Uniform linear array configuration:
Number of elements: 12
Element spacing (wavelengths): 0.75
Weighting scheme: exponential
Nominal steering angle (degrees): -15
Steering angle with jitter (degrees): -16.519
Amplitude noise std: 0.05
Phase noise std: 0.05

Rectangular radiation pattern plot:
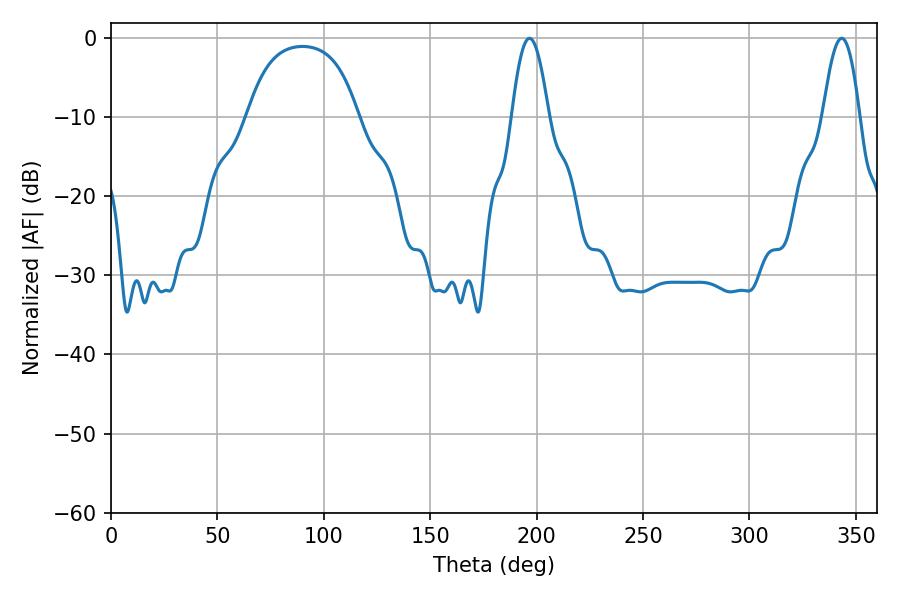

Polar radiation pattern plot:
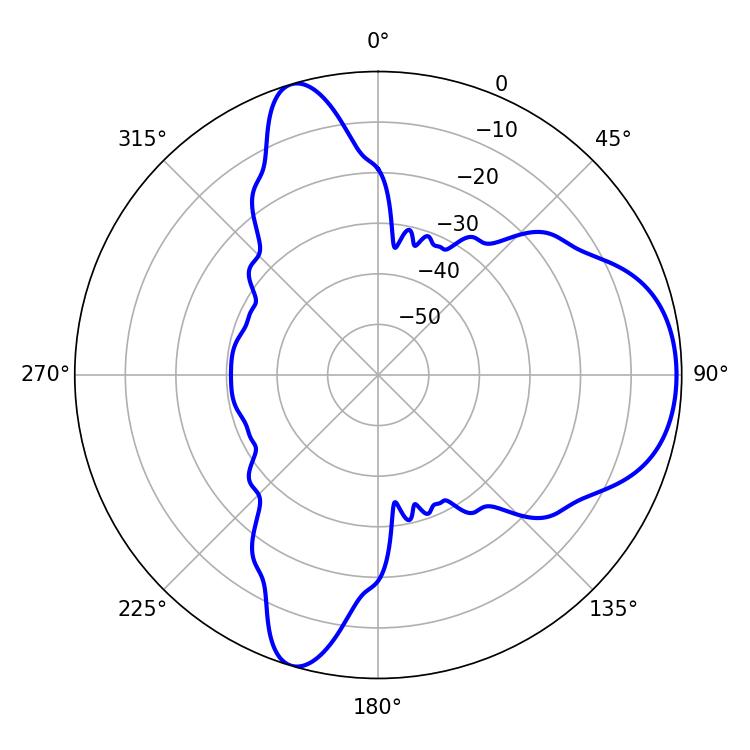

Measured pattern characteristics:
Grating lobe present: TRUE
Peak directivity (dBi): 7.234
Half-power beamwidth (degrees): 9.36
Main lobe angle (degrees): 196.74